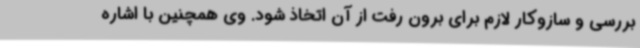
بررسی و سازوکار لازم برای برون رفت از آن اتخاذ شود. وی همچنین با اشاره